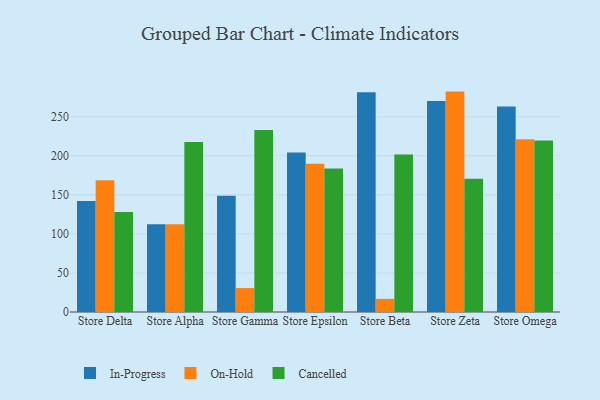
{"axis": {"x": "Store", "y": "Website Visitors"}, "legend": ["Cancelled", "In-Progress", "On-Hold"], "data": [{"x": "Store Delta", "y": 142.2, "type": "In-Progress"}, {"x": "Store Delta", "y": 168.5, "type": "On-Hold"}, {"x": "Store Delta", "y": 128.0, "type": "Cancelled"}, {"x": "Store Alpha", "y": 112.3, "type": "In-Progress"}, {"x": "Store Alpha", "y": 112.4, "type": "On-Hold"}, {"x": "Store Alpha", "y": 217.5, "type": "Cancelled"}, {"x": "Store Gamma", "y": 148.9, "type": "In-Progress"}, {"x": "Store Gamma", "y": 30.6, "type": "On-Hold"}, {"x": "Store Gamma", "y": 233.0, "type": "Cancelled"}, {"x": "Store Epsilon", "y": 204.1, "type": "In-Progress"}, {"x": "Store Epsilon", "y": 189.8, "type": "On-Hold"}, {"x": "Store Epsilon", "y": 183.6, "type": "Cancelled"}, {"x": "Store Beta", "y": 281.2, "type": "In-Progress"}, {"x": "Store Beta", "y": 16.8, "type": "On-Hold"}, {"x": "Store Beta", "y": 201.6, "type": "Cancelled"}, {"x": "Store Zeta", "y": 270.2, "type": "In-Progress"}, {"x": "Store Zeta", "y": 282.1, "type": "On-Hold"}, {"x": "Store Zeta", "y": 170.7, "type": "Cancelled"}, {"x": "Store Omega", "y": 263.1, "type": "In-Progress"}, {"x": "Store Omega", "y": 221.2, "type": "On-Hold"}, {"x": "Store Omega", "y": 219.6, "type": "Cancelled"}]}